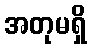
အတုမရှိ